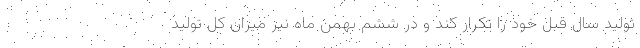
تولید سال قبل خود را تکرار کند و در ششم بهمن ماه نیز میزان کل تولید